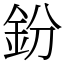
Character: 鈖